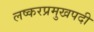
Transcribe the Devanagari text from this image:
लष्करप्रमुखपदी